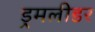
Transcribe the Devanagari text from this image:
ड्रमलीडर